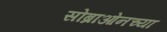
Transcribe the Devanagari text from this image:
सोब्राओनच्या